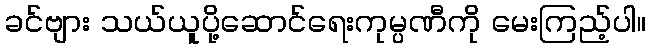
ခင်ဗျား သယ်ယူပို့ဆောင်ရေးကုမ္ပဏီကို မေးကြည့်ပါ။